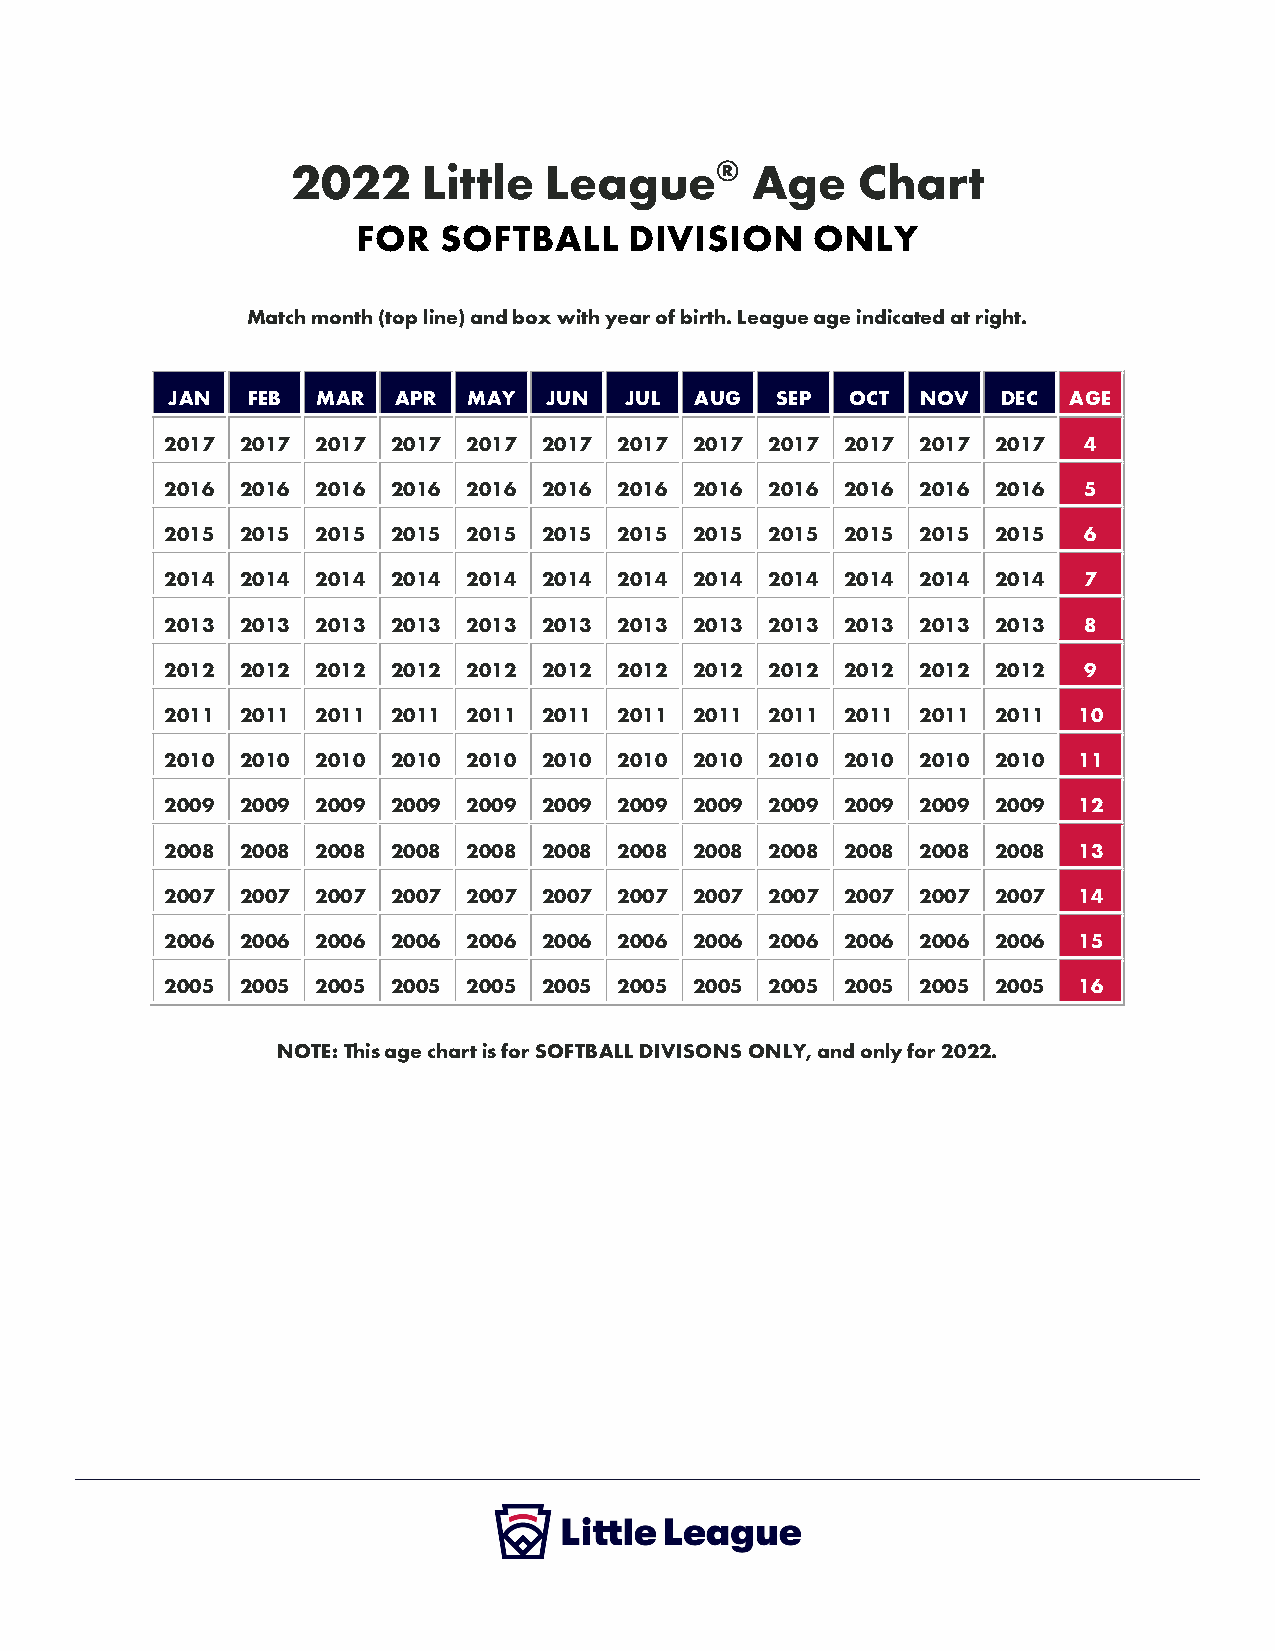
2022     Little  League®       Age    Chart
 FOR  SOFTBALL     DIVISION    ONLY
 Match month (top line) and box with year of birth. League age indicated at right.
 JAN  FEB  MAR  APR  MAY  JUN  JUL  AUG  SEP  OCT  NOV  DEC  AGE
 2017 2017 2017 2017 2017 2017 2017 2017 2017 2017 2017 2017  4
 2016 2016 2016 2016 2016 2016 2016 2016 2016 2016 2016 2016  5
 2015 2015 2015 2015 2015 2015 2015 2015 2015 2015 2015 2015  6
 2014 2014 2014 2014 2014 2014 2014 2014 2014 2014 2014 2014  7
 2013 2013 2013 2013 2013 2013 2013 2013 2013 2013 2013 2013  8
 2012 2012 2012 2012 2012 2012 2012 2012 2012 2012 2012 2012  9
 2011 2011 2011 2011 2011 2011 2011 2011 2011 2011 2011 2011 10
 2010 2010 2010 2010 2010 2010 2010 2010 2010 2010 2010 2010 11
 2009 2009 2009 2009 2009 2009 2009 2009 2009 2009 2009 2009 12
 2008 2008 2008 2008 2008 2008 2008 2008 2008 2008 2008 2008 13
 2007 2007 2007 2007 2007 2007 2007 2007 2007 2007 2007 2007 14
 2006 2006 2006 2006 2006 2006 2006 2006 2006 2006 2006 2006 15
 2005 2005 2005 2005 2005 2005 2005 2005 2005 2005 2005 2005 16
 NOTE: This age chart is for SOFTBALL DIVISONS ONLY, and only for 2022.